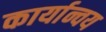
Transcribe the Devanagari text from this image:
कार्यान्वय